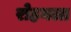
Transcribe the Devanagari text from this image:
रोहनला